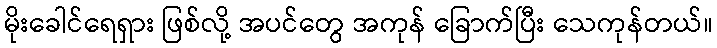
မိုးခေါင်ရေရှား ဖြစ်လို့ အပင်တွေ အကုန် ခြောက်ပြီး သေကုန်တယ်။